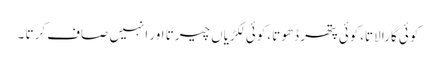
کوئی گارا لاتا،کوئی پتھر ڈھوتا ،کوئی لکڑیاں چیرتا اور انہیں صاف کرتا ۔